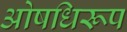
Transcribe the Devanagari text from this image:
ओषधिरूप